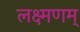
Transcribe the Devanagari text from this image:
लक्ष्मणम्